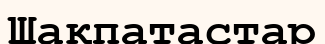
Шақпатастар